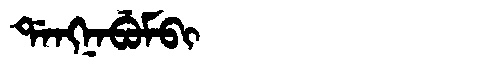
Manchu: ᡩᠠᠩᠨᠠᠪᡠᠮᠪᡳ
Romanization: DANGNABUMBI